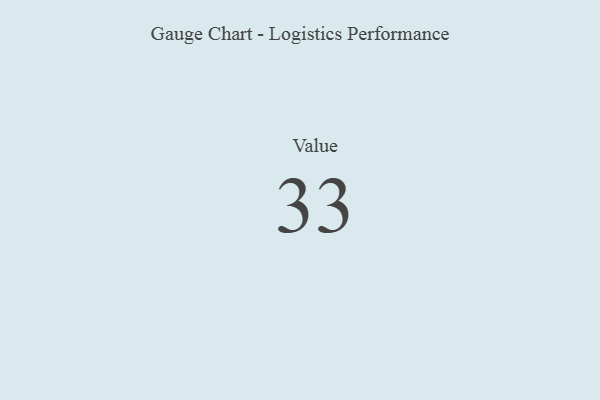
{"axis": {"x": "Metric", "y": "Value"}, "legend": [""], "data": [{"x": "Value", "y": 33, "type": ""}]}